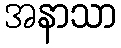
အနာသာ